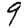
Digit: 9